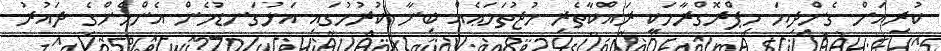
ކުރިއަށް ގެންދިޔަ މިޕްރޮގްރާމަކީ ރައްކާތެރި މުޖުތަމަޢެއް ބިނާ ކުރުމުގައި އަޅުގަނޑުމެން އެންމެންގެ ދައުރު